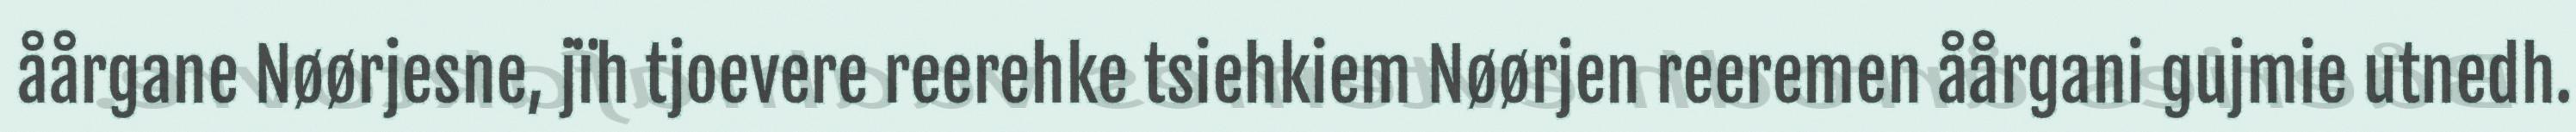
åårgane Nøørjesne, jïh tjoevere reerehke tsiehkiem Nøørjen reeremen åårgani gujmie utnedh.